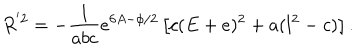
R ^ { ' 2 } = - \frac { 1 } { a b c } e ^ { 6 A - \phi / 2 } \left[ c ( E + e ) ^ { 2 } + a ( l ^ { 2 } - c ) \right] .